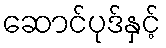
ဆောင်ပုဒ်နှင့်